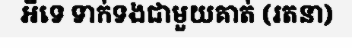
អីទេ ទាក់ទងជាមួយគាត់ (រតនា)